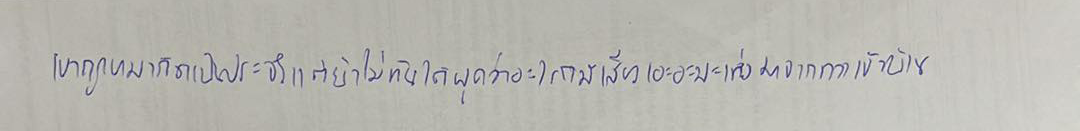
เขาถูกหมากัดเป็นประจำแต่ยังไม่ทันได้พูดว่าอะไรก็มีเสียงเอะอะมะเทิ่งมาจากทางเข้าบ้าน